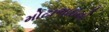
મોટાભાઇનો